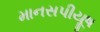
માનસપીયૂષ